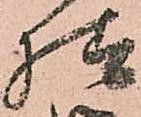
様